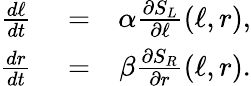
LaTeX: \begin{array}{rlr}{\frac{d\ell}{dt}}&{{}=}&{\alpha\frac{\partial S_{L}}{\partial\ell}(\ell,r),}\\ {\frac{dr}{dt}}&{{}=}&{\beta\frac{\partial S_{R}}{\partial r}(\ell,r).}\end{array}